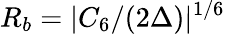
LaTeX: R_{b}=|C_{6}/(2\Delta)|^{1/6}